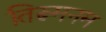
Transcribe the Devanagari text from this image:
तिरूमनम